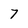
Character: 7